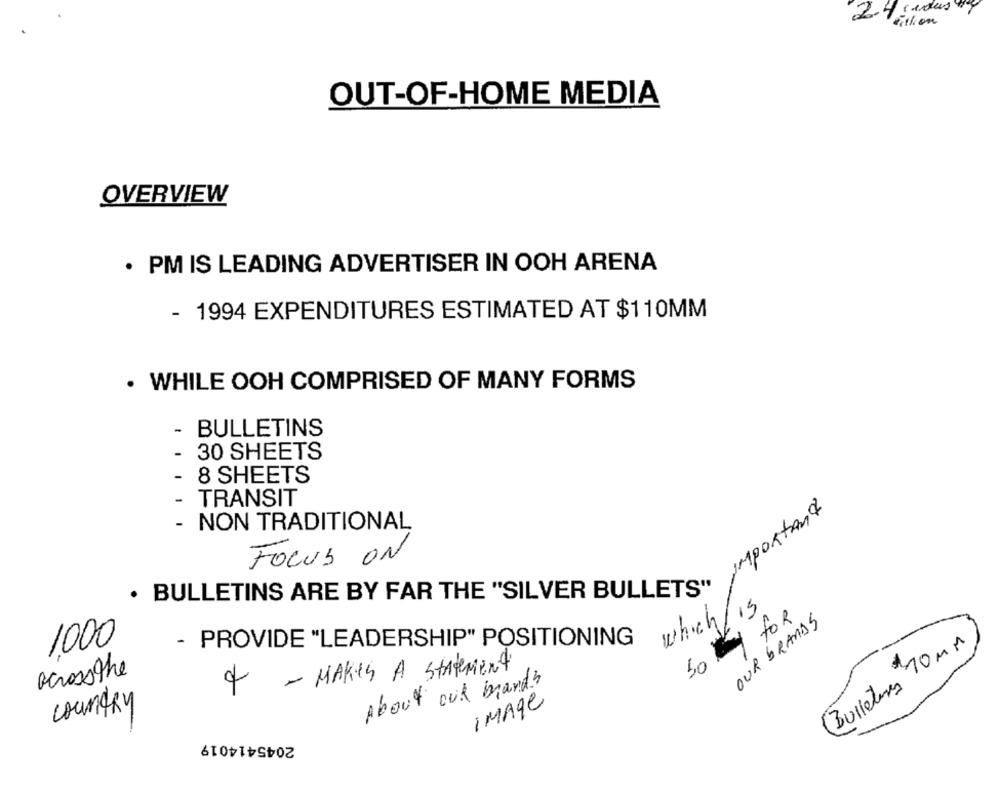
cadas
2. Million
OUT-OF-HOME MEDIA
OVERVIEW
· PM IS LEADING ADVERTISER IN OOH ARENA
- 1994 EXPENDITURES ESTIMATED AT $110MM
. WHILE OOH COMPRISED OF MANY FORMS
- BULLETINS
- 30 SHEETS
- 8 SHEETS
-
TRANSIT
Important
-
NON TRADITIONAL
FOCUS ON
· BULLETINS ARE BY FAR THE "SILVER BULLETS"
which/15
for
OUR BRANDS
1.000
- PROVIDE "LEADERSHIP" POSITIONING
Bulleteres 70 MM
50
acrossthe
4 - MAKES A STATEMENT
About our mand?
IMAge
country
2045414019